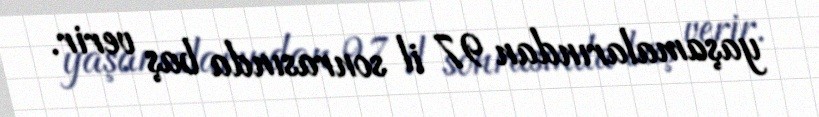
yaşamalarından 97 il sonrasında baş verir.